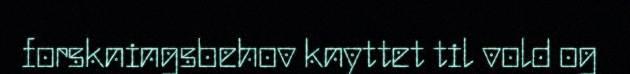
forskningsbehov knyttet til vold og